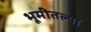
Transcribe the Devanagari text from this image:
भूमीतल्या